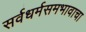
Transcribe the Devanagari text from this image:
सर्वधर्मसमभावाचा